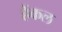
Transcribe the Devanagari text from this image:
हेंकल